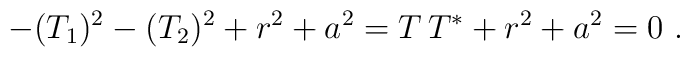
-(T_1)^2 - (T_2)^2  +r^2 +a^2  = T \,T^* +r^2 +a^2 =0 \ .